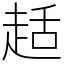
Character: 趏